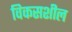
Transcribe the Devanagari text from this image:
विकसशील